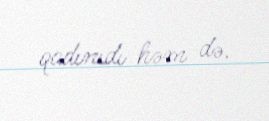
qadınıdı həm də.